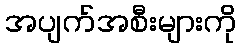
အပျက်အစီးများကို